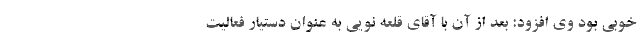
خوبی بود وی افزود: بعد از آن با آقای قلعه نویی به عنوان دستیار فعالیت